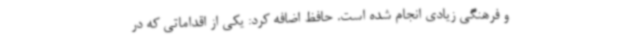
و فرهنگی زیادی انجام شده است. حافظ اضافه کرد: یکی از اقداماتی که در